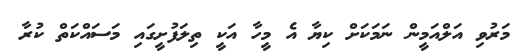
މަރުވި އަލްއަމީން ނަމަކަށް ކިޔާ އެ މީހާ އަކީ ތިލަފުށީގައި މަސައްކަތް ކުރާ